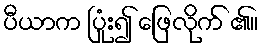
ပီယာက ပြုံး၍ ဖြေလိုက် ၏။